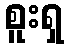
စူးရှ